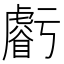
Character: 𧈃